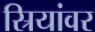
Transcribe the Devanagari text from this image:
स्रियांवर